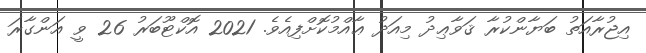
އިޖުރާއަތު ބަޔާންކުރާ ޤަވާޢިދު މިއަދު ޢާއްމުކޮށްފިއެވެ. 2021 އޮކްޓޫބަރު 26 ވީ އަންގާރަ